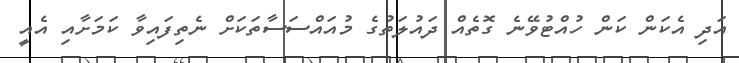
އަދި އެކަން ކަން ހުއްޓުވޭނެ ގޮތެއް ދައުލަތުގެ މުއައްސަސާތަކަށް ނެތިފައިވާ ކަމަށާއި އެއީ